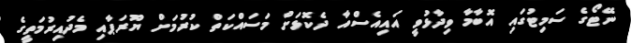
ނޭޓޯގެ ސަމިޓުގައި އޮބާމާ ވިދާޅުވީ އައިއެސްއާ ދެކޮޅަށް މަސައްކަތް ކުރުމަށް ޔޫރަޕާއި މެދުއިރުމަތީގެ